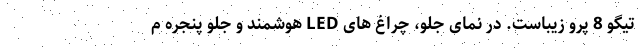
تیگو 8 پرو زیباست. در نمای جلو، چراغ های LED هوشمند و جلو پنجره م